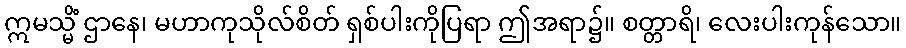
ဣမသ္မိံ ဌာနေ၊ မဟာကုသိုလ်စိတ် ရှစ်ပါးကိုပြရာ ဤအရာ၌။ စတ္တာရိ၊ လေးပါးကုန်သော။